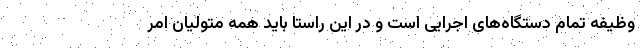
وظیفه تمام دستگاه‌های اجرایی است و در این راستا باید همه متولیان امر